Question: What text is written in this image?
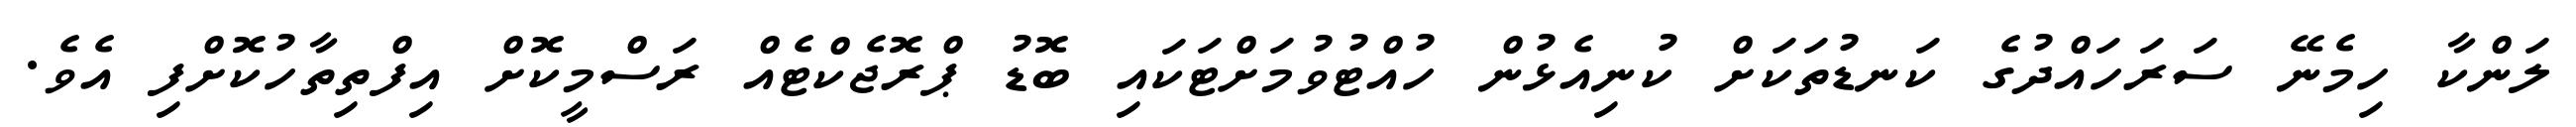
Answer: ލަންކާ ހިމެނޭ ސަރަހައްދުގެ ކަނޑުތަކަށް ކުނިއެޅުން ހުއްޓުވުމަށްޓަކައި ބޮޑު ޕްރޮޖެކްޓެއް ރަސްމީކޮށް އިފްތިތާހުކޮށްފި އެވެ.